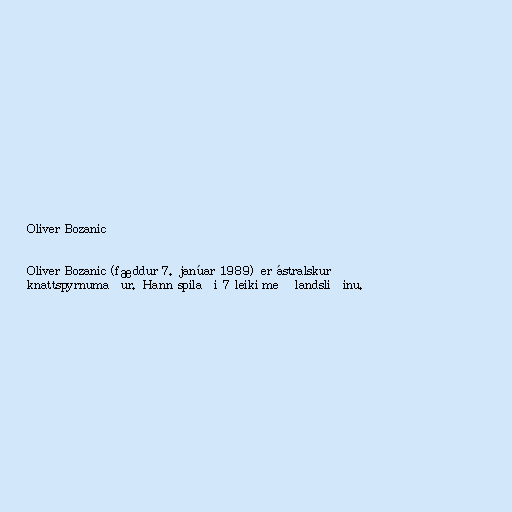
Oliver Bozanic

Oliver Bozanic (fæddur 7. janúar 1989) er ástralskur
knattspyrnumaður. Hann spilaði 7 leiki með landsliðinu.